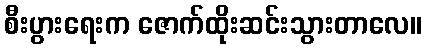
စီးပွားရေးက ဇောက်ထိုးဆင်းသွားတာလေ။